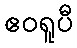
ဧဝရူပီ